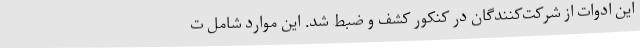
این ادوات از شرکت‌کنندگان در کنکور کشف و ضبط شد. این موارد شامل ت